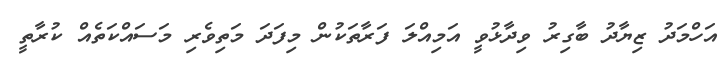
އަހްމަދު ޒިޔާދު ބާގިރު ވިދާޅުވީ އަމިއްލަ ފަރާތަކުން މިފަދަ މަތިވެރި މަސައްކަތެއް ކުރާތީ